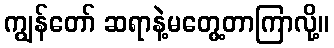
ကျွန်တော် ဆရာနဲ့မတွေ့တာကြာလို့။